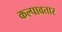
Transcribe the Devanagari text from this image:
कल्पावतार